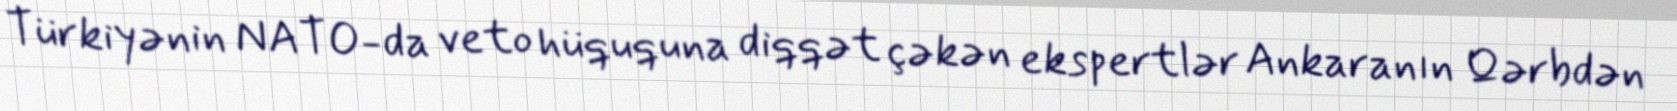
Türkiyənin NATO-da veto hüququna diqqət çəkən ekspertlər Ankaranın Qərbdən